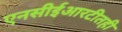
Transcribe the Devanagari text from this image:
एनसीईआरटीतही